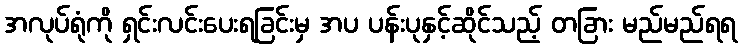
အလုပ်ရုံကို ရှင်းလင်းပေးရခြင်းမှ အပ ပန်းပုနှင့်ဆိုင်သည့် တခြား မည်မည်ရရ